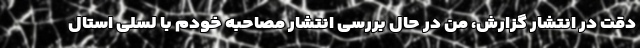
دقت در انتشار گزارش، من در حال بررسی انتشار مصاحبه خودم با لسلی استال